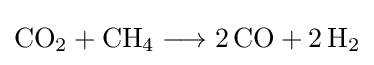
{\mathrm {CO} {\vphantom {A}}_{\smash[{t}]{2}}{}+{}\mathrm {CH} {\vphantom {A}}_{\smash[{t}]{4}}{}\mathrel {\longrightarrow } {}2\,\mathrm {CO} {}+{}2\,\mathrm {H} {\vphantom {A}}_{\smash[{t}]{2}}}